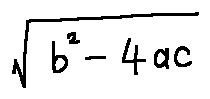
\sqrt { b ^ { 2 } - 4 a c }